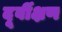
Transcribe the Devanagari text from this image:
दूर्वीक्षण